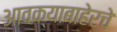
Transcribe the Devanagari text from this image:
आवक्याबाहेरचे